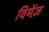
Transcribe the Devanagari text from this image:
विमेंज़